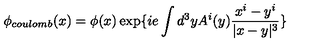
\phi _ { c o u l o m b } ( x ) = \phi ( x ) \exp \{ i e \int d ^ { 3 } y A ^ { i } ( y ) \frac { x ^ { i } - y ^ { i } } { | x - y | ^ { 3 } } \}